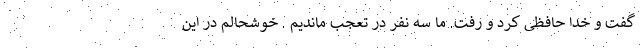
گفت و خدا حافظی کرد و رفت. ما سه نفر در تعجب ماندیم . خوشحالم در این